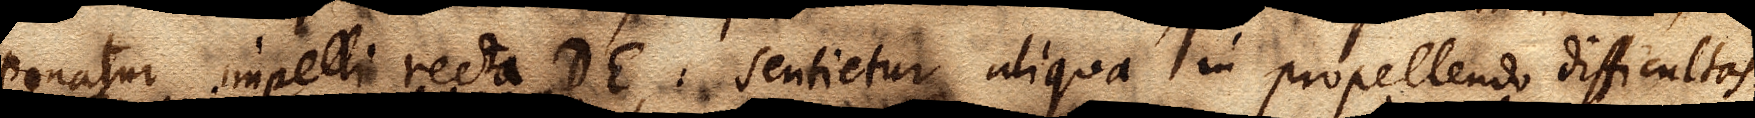
Ponatur impelli recta DE, sentietur aliqua in propellendo difficultas.